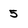
Character: 5